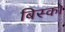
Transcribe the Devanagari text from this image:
बिस्को